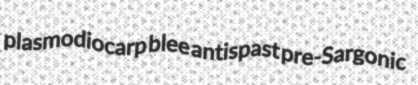
plasmodiocarp blee antispast pre-Sargonic